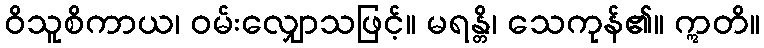
ဝိသူစိကာယ၊ ဝမ်းလျှောသဖြင့်။ မရန္တိ၊ သေကုန်၏။ ဣတိ။